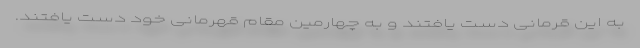
به این قرمانی دست یافتند و به چهارمین مقام قهرمانی خود دست یافتند.